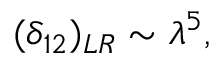
( \delta _ { 1 2 } ) _ { L R } \sim \lambda ^ { 5 } , ~ ~ ~ ~